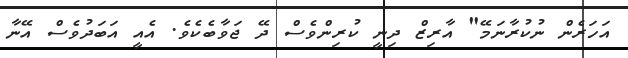
އަހަރެން ނުކުރާނަމޭ" އާރިޒް ދިނީ ކުރިންވެސް ދޭ ޖަވާބެކެވެ. އެއީ އަބަދުވެސް އޭނާ